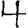
Digit: 4